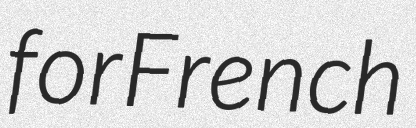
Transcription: for French